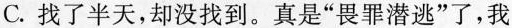
C.找了半天，却没找到。真是”畏罪潜逃”了，我